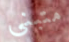
متبنى